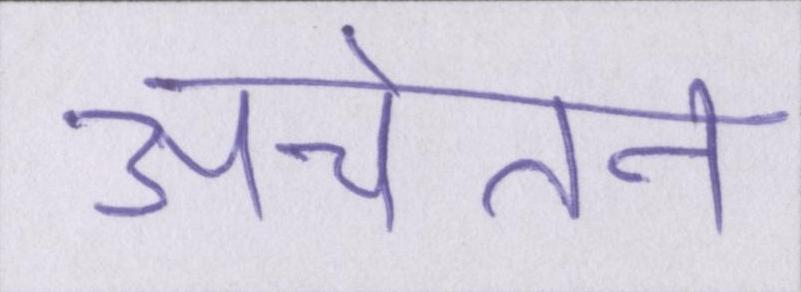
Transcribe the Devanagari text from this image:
अचेतन